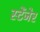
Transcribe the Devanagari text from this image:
स्टेंजेर